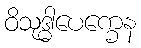
ဝိသုဒ္ဓါပေက္ခေန